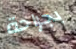
بجراحة